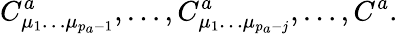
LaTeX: C_{\mu_{1}\ldots\mu_{p_{a}-1}}^{a},\ldots,C_{\mu_{1}\ldots\mu_{p_{a}-j}}^{a},\ldots,C^{a}.